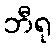
ဘီရု